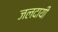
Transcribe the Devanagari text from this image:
जलदायी